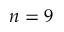
n = 9